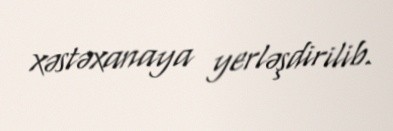
xəstəxanaya yerləşdirilib.